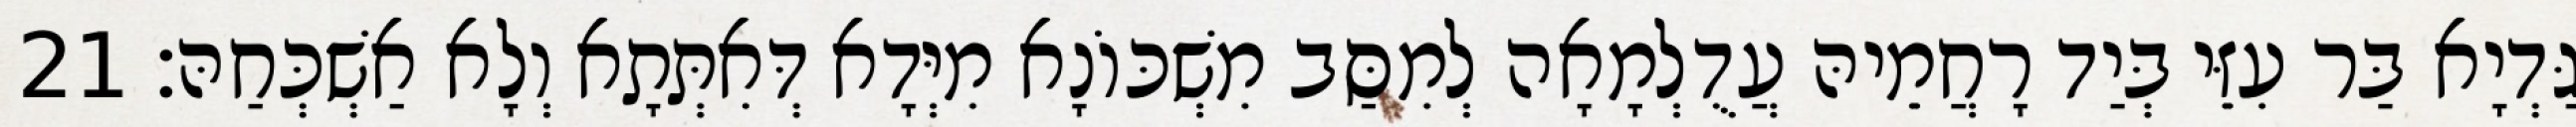
גַּדְיָא בַּר עִזֵּי בְּיַד רָחֲמֵיהּ עֲדֻלְמָאָה לְמִסַּב מִשְׁכּוֹנָא מִיְּדָא דְּאִתְּתָא וְלָא אַשְׁכְּחַהּ׃ 21